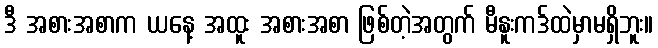
ဒီ အစားအစာက ယနေ့ အထူး အစားအစာ ဖြစ်တဲ့အတွက် မီနူးကဒ်ထဲမှာမရှိဘူး။